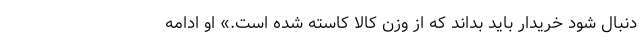
دنبال شود خریدار باید بداند که از وزن کالا کاسته شده است.» او ادامه